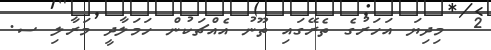
2  މިދިޔަ އަހަރުގެ ތެރޭގައި ތޫނު އެއްޗަކުން ހަމަލާދީ މަރާލި ސ.